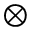
\otimes